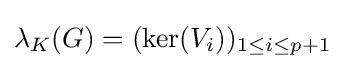
\lambda _{K}(G)=(\ker(V_{i}))_{1\leq i\leq p+1}